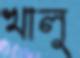
খালু